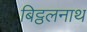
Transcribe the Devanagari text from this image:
बिट्ठलनाथ